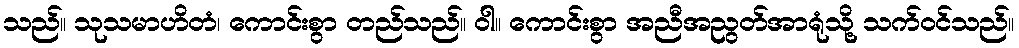
သည်။ သုသမာဟိတံ၊ ကောင်းစွာ တည်သည်။ ဝါ။ ကောင်းစွာ အညီအညွတ်အာရုံသို့ သက်ဝင်သည်။